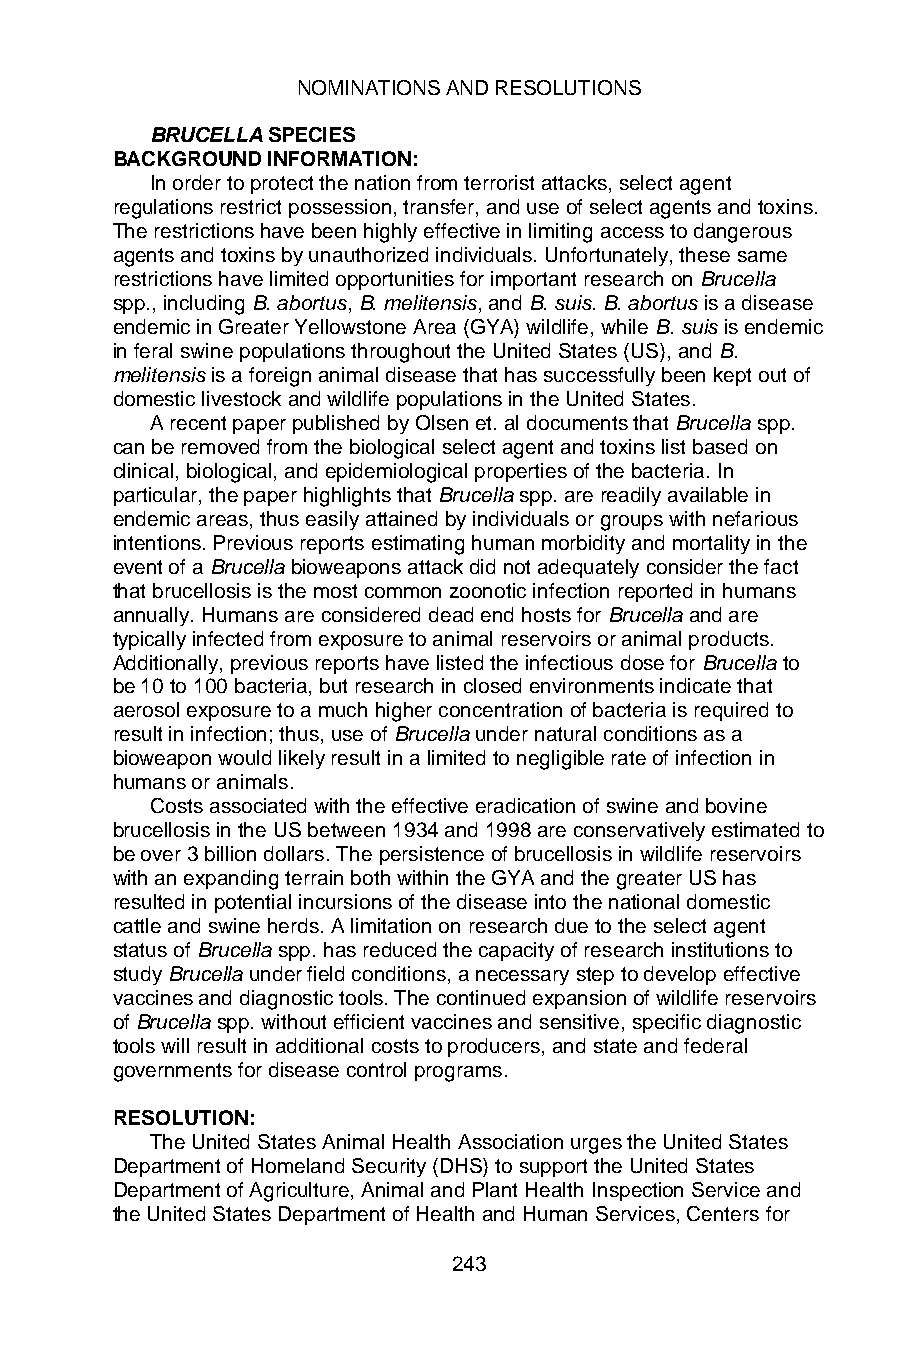
NOMINATIONS AND RESOLUTIONS
 BRUCELLA SPECIES
 BACKGROUND INFORMATION:
 In order to protect the nation from terrorist attacks, select agent
 regulations restrict possession, transfer, and use of select agents and toxins.
 The restrictions have been highly effective in limiting access to dangerous
 agents and toxins by unauthorized individuals. Unfortunately, these same
 restrictions have limited opportunities for important research on Brucella
 spp., including B. abortus, B. melitensis, and B. suis. B. abortus is a disease
 endemic in Greater Yellowstone Area (GYA) wildlife, while B. suis is endemic
 in feral swine populations throughout the United States (US), and B.
 melitensis is a foreign animal disease that has successfully been kept out of
 domestic livestock and wildlife populations in the United States.
 A recent paper published by Olsen et. al documents that Brucella spp.
 can be removed from the biological select agent and toxins list based on
 clinical, biological, and epidemiological properties of the bacteria. In
 particular, the paper highlights that Brucella spp. are readily available in
 endemic areas, thus easily attained by individuals or groups with nefarious
 intentions. Previous reports estimating human morbidity and mortality in the
 event of a Brucella bioweapons attack did not adequately consider the fact
 that brucellosis is the most common zoonotic infection reported in humans
 annually. Humans are considered dead end hosts for Brucella and are
 typically infected from exposure to animal reservoirs or animal products.
 Additionally, previous reports have listed the infectious dose for Brucella to
 be 10 to 100 bacteria, but research in closed environments indicate that
 aerosol exposure to a much higher concentration of bacteria is required to
 result in infection; thus, use of Brucella under natural conditions as a
 bioweapon would likely result in a limited to negligible rate of infection in
 humans or animals.
 Costs associated with the effective eradication of swine and bovine
 brucellosis in the US between 1934 and 1998 are conservatively estimated to
 be over 3 billion dollars. The persistence of brucellosis in wildlife reservoirs
 with an expanding terrain both within the GYA and the greater US has
 resulted in potential incursions of the disease into the national domestic
 cattle and swine herds. A limitation on research due to the select agent
 status of Brucella spp. has reduced the capacity of research institutions to
 study Brucella under field conditions, a necessary step to develop effective
 vaccines and diagnostic tools. The continued expansion of wildlife reservoirs
 of Brucella spp. without efficient vaccines and sensitive, specific diagnostic
 tools will result in additional costs to producers, and state and federal
 governments for disease control programs.
 RESOLUTION:
 The United States Animal Health Association urges the United States
 Department of Homeland Security (DHS) to support the United States
 Department of Agriculture, Animal and Plant Health Inspection Service and
 the United States Department of Health and Human Services, Centers for
 243